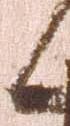
日